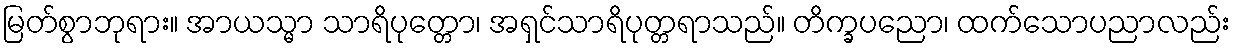
မြတ်စွာဘုရား။ အာယသ္မာ သာရိပုတ္တော၊ အရှင်သာရိပုတ္တရာသည်။ တိက္ခပညော၊ ထက်သောပညာလည်း